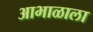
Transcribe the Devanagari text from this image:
आभाळाला